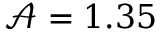
\mathcal { A } = 1 . 3 5